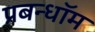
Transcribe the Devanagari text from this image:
प्रबन्धॉम